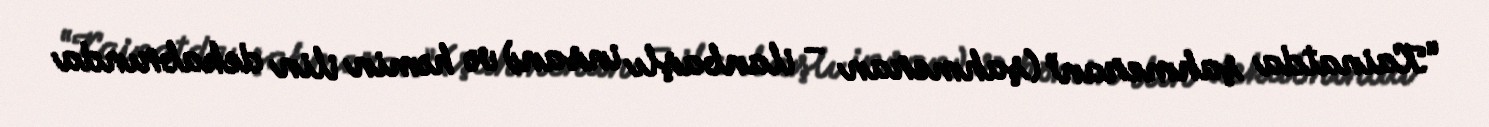
“Kainatda şahmeran” (şahmeran – ilanbaşlı insan) və həmin ilin dekabrında